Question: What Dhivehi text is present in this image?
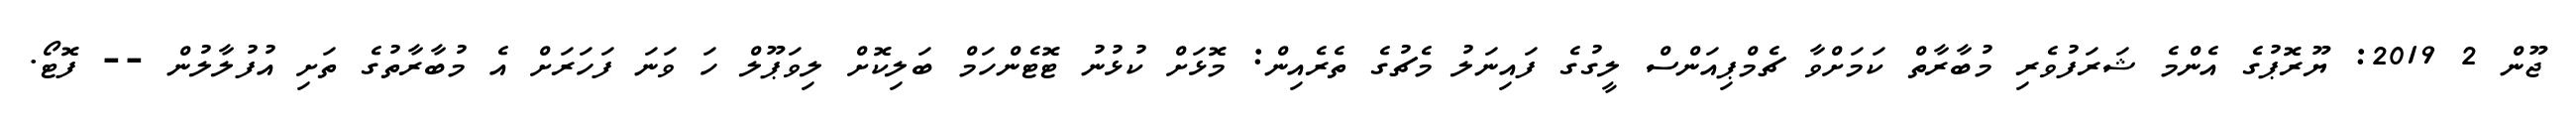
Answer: ޖޫން 2 2019: ޔޫރޮޕުގެ އެންމެ ޝަރަފުވެރި މުބާރާތް ކަމަށްވާ ޗެމްޕިއަންސް ލީގުގެ ފައިނަލު މެޗުގެ ތެރެއިން: މޮޅަށް ކުޅުނު ޓޮޓެންހަމް ބަލިކޮށް ލިވަޕޫލް ހަ ވަނަ ފަހަރަށް އެ މުބާރާތުގެ ތަށި އުފުލާލުން -- ފޮޓޯ.